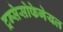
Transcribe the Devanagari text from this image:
ट्रन्सेसोफेगेयल